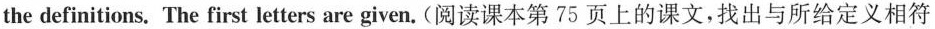
the definitions. The first letters are given. (阅读课本第75 页上的课文,找出与所给定义相符